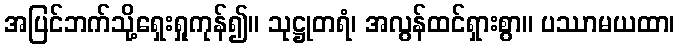
အပြင်ဘက်သို့ရှေးရှုကုန်၍။ သုဋ္ဌုတရံ၊ အလွန်ထင်ရှားစွာ။ ပဿာမယထာ၊